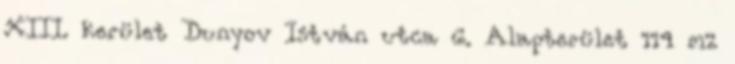
XIII. kerület Dunyov István utca 6. Alapterület 114 m2